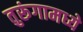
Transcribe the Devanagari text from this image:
तुरूंगामध्ये